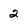
Character: 2